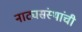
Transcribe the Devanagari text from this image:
नाट्यसंस्थांची